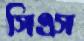
সিএস